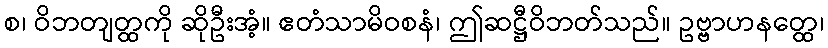
စ၊ ဝိဘတျတ္ထကို ဆိုဦးအံ့။ ဧတံသာမိဝစနံ၊ ဤဆဋ္ဌီဝိဘတ်သည်။ ဥဗ္ဗာဟနတ္ထေ၊